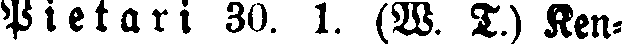
Pietari 30. 1. (W. T.) Ren-